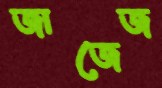
জাজেজ